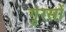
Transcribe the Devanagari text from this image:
गुरसों